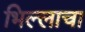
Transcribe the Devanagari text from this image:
भिल्लाचा